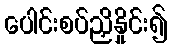
ပေါင်းစပ်ညှိနှိုင်း၍